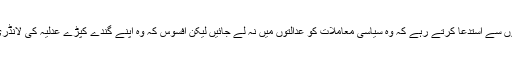
گزشتہ دو سالوں کے دوران ہم سیاستدانوں سے استدعا کرتے رہے کہ وہ سیاسی معاملات کو عدالتوں میں نہ لے جائیں لیکن افسوس کہ وہ اپنے گندے کپڑے عدلیہ کی لانڈری میں ہی دھونے کو ترجیح دیتے رہے۔